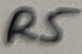
Text: R5